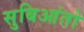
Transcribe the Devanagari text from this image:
सुबिआंतो